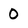
Character: 0